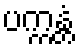
ပက္ကန္တံ